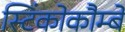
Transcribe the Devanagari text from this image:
स्टिंकोकौम्बे